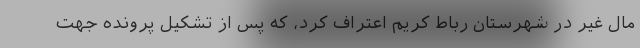
مال غیر در شهرستان رباط کریم اعتراف کرد، که پس از تشکیل پرونده جهت